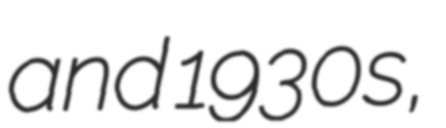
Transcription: and 1930s,